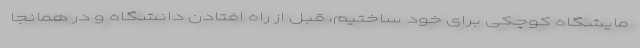
مایشگاه کوچکی برای خود ساختیم، قبل از راه افتادن دانشگاه و در همانجا